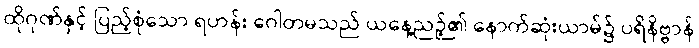
ထိုဂုဏ်နှင့် ပြည့်စုံသော ရဟန်း ဂေါတမသည် ယနေ့ညဉ့်၏ နောက်ဆုံးယာမ်၌ ပရိနိဗ္ဗာန်